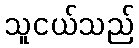
သူငယ်သည်